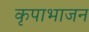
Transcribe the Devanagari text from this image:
कृपाभाजन